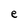
Character: e